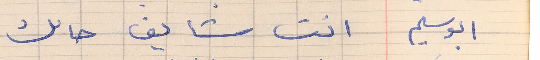
ابوسليم     انت شايف حالك